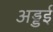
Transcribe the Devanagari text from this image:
अड्डई